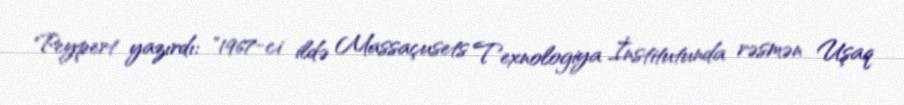
Peypert yazırdı: "1967-ci ildə Massaçusets Texnologiya İnstitutunda rəsmən Uşaq